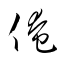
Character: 俺